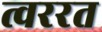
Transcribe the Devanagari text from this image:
त्वररत